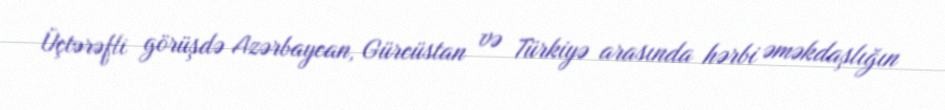
Üçtərəfli görüşdə Azərbaycan, Gürcüstan və Türkiyə arasında hərbi əməkdaşlığın